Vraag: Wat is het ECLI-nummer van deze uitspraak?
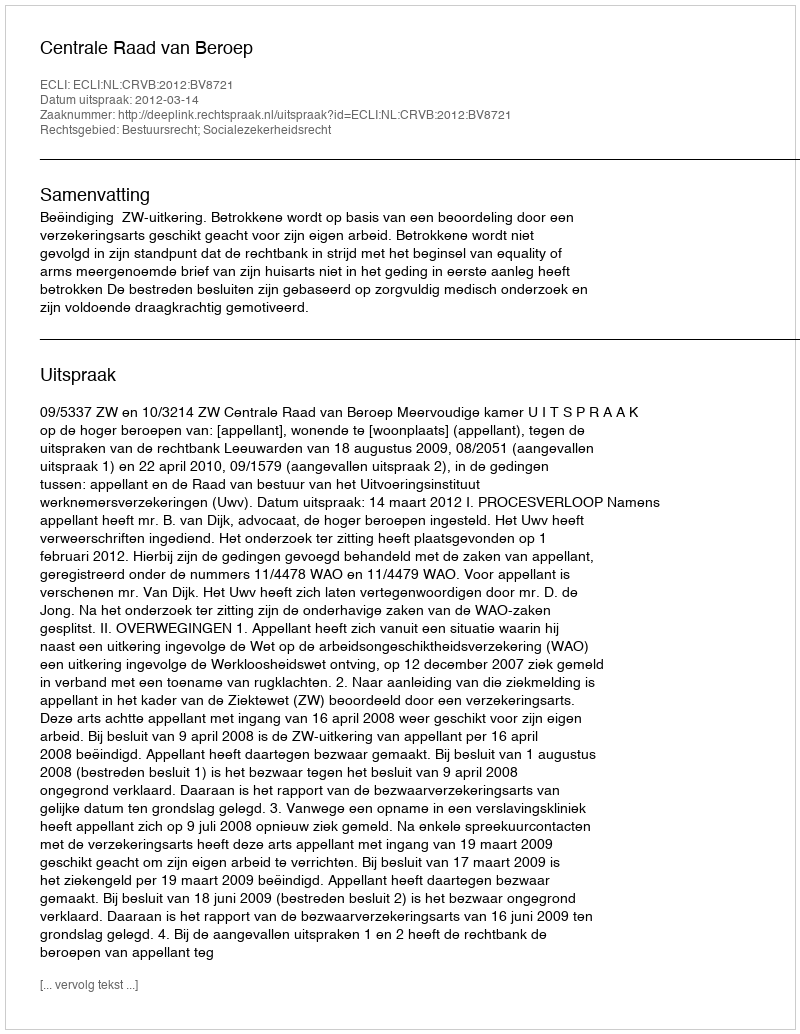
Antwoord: ECLI:NL:CRVB:2012:BV8721